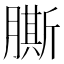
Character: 𦠭